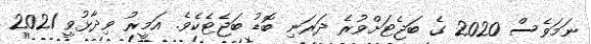
ނަމަވެސް 2020 ގެ ބަޖެޓަށްވުރެ ދަރަނި ބޮޑު ބަޖެޓެކެވެ. އަމީރު ވިދާޅުވީ 2021